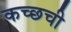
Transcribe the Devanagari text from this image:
कच्छची